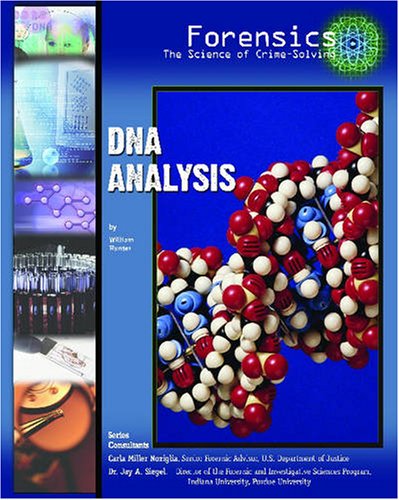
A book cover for DNA Analysis (Forensics: the Science of Crime-Solving); William Hunter; Children's Books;